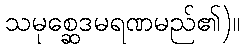
သမုစ္ဆေဒမရဏမည်၏)။